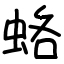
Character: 蛒